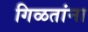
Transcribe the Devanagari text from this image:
गिळतांना